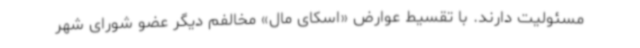
مسئولیت دارند. با تقسیط عوارض «اسکای مال» مخالفم دیگر عضو شورای شهر